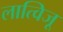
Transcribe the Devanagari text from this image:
लात्विजू